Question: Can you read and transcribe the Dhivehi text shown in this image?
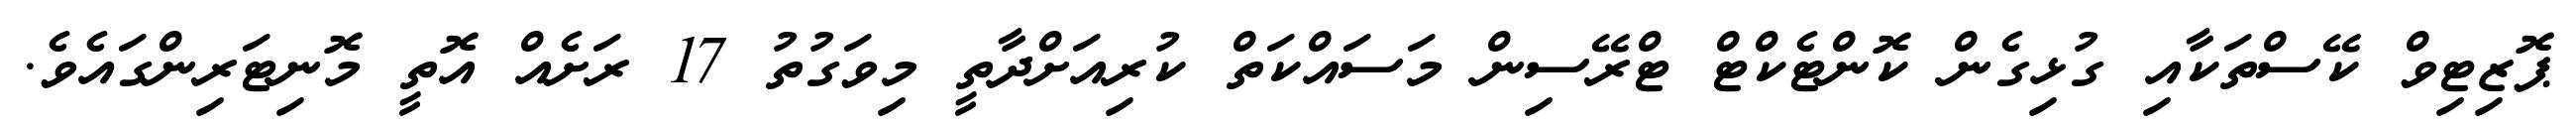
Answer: ޕޮޒިޓިވް ކޭސްތަކާއި ގުޅިގެން ކޮންޓެކްޓް ޓްރޭސިން މަސައްކަތް ކުރިއަށްދާތީ މިވަގުތު 17 ރަށެއް އޮތީ މޮނިޓަރިންގައެވެ.